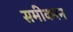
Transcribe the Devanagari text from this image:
समीकरन